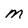
Character: M